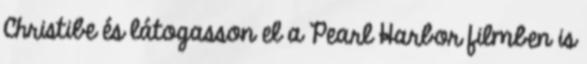
Christibe és látogasson el a Pearl Harbor filmben is